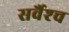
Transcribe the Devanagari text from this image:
सर्वैश्‍च